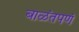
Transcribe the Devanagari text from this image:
बाळंतपणं